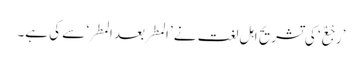
’رَجْعٌ‘ کی تشریح اہل لغت نے ’المطر بعد المطر‘ سے کی ہے۔